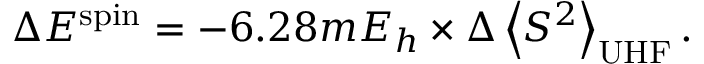
\begin{array} { r } { \Delta E ^ { \mathrm { s p i n } } = - 6 . 2 8 m E _ { h } \times \Delta \left\langle S ^ { 2 } \right\rangle _ { \mathrm { U H F } } . } \end{array}